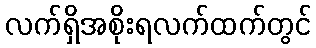
လက်ရှိအစိုးရလက်ထက်တွင်